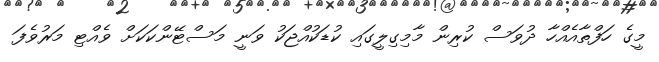
މީގެ ހަފްތާއެއްހާ ދުވަސް ކުރިން މާމިގިލީގައި ކުޑަކުއްޖަކު ވަނީ މަސްޓޭންކަކަށް ވެއްޓި މަރުވެފަ